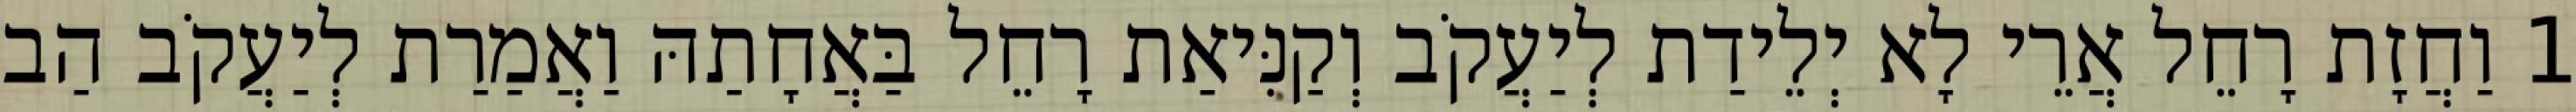
1 וַחֲזָת רָחֵל אֲרֵי לָא יְלֵידַת לְיַעֲקֹב וְקַנִּיאַת רָחֵל בַּאֲחָתַהּ וַאֲמַרַת לְיַעֲקֹב הַב